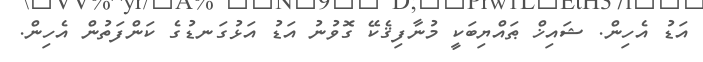
އަޑު އެހިން. ޝައިޚް ޠައްޔިބަކީ މުނާފިޤެކޭ ގޮވުނު އަޑު އަޅުގަނޑުގެ ކަންފަތުން އެހިން.